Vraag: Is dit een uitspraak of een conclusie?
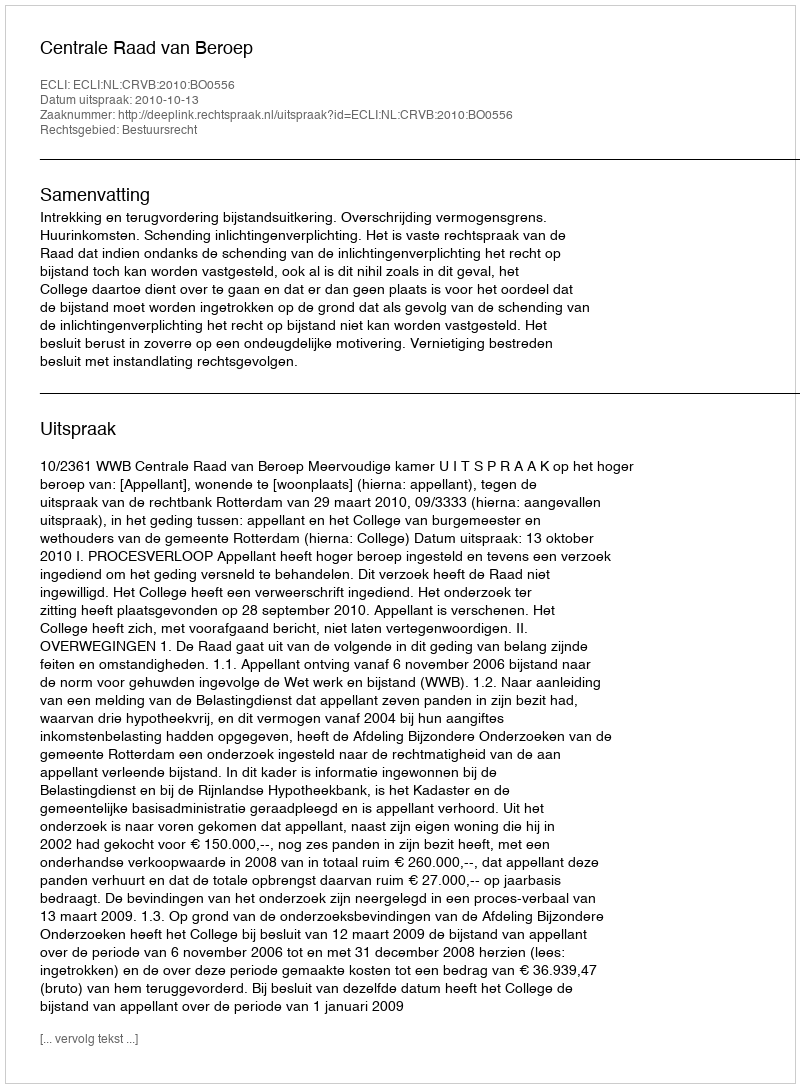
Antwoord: Uitspraak